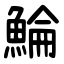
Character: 鯩